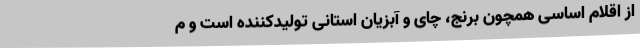
از اقلام اساسی همچون برنج، چای و آبزیان استانی تولیدکننده است و م